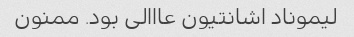
لیموناد اشانتیون عااالی بود. ممنون